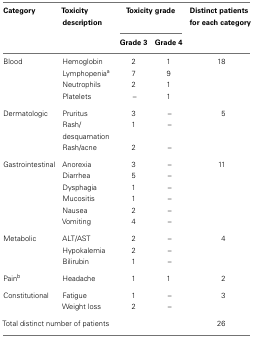
<table><thead><tr><td><b>Category</b></td><td><b>Toxicity description</b></td><td colspan="2"><b>Toxicity grade</b></td><td><b>Distinct patients for each category</b></td></tr><tr><td></td><td></td><td><b>Grade 3</b></td><td><b>Grade 4</b></td><td></td></tr></thead><tbody><tr><td>Blood</td><td>Hemoglobin</td><td>2</td><td>1</td><td>18</td></tr><tr><td></td><td>Lymphopenia<sup>a</sup></td><td>7</td><td>9</td><td></td></tr><tr><td></td><td>Neutrophils</td><td>2</td><td>1</td><td></td></tr><tr><td></td><td>Platelets</td><td>–</td><td>1</td><td></td></tr><tr><td>Dermatologic</td><td>Pruritus</td><td>3</td><td>–</td><td>5</td></tr><tr><td></td><td>Rash/desquamation</td><td>1</td><td>–</td><td></td></tr><tr><td></td><td>Rash/acne</td><td>2</td><td>–</td><td></td></tr><tr><td>Gastrointestinal</td><td>Anorexia</td><td>3</td><td>–</td><td>11</td></tr><tr><td></td><td>Diarrhea</td><td>5</td><td>–</td><td></td></tr><tr><td></td><td>Dysphagia</td><td>1</td><td>–</td><td></td></tr><tr><td></td><td>Mucositis</td><td>1</td><td>–</td><td></td></tr><tr><td></td><td>Nausea</td><td>2</td><td>–</td><td></td></tr><tr><td></td><td>Vomiting</td><td>4</td><td>–</td><td></td></tr><tr><td>Metabolic</td><td>ALT/AST</td><td>2</td><td>–</td><td>4</td></tr><tr><td></td><td>Hypokalemia</td><td>2</td><td>–</td><td></td></tr><tr><td></td><td>Bilirubin</td><td>1</td><td>–</td><td></td></tr><tr><td>Pain<sup>b</sup></td><td>Headache</td><td>1</td><td>1</td><td>2</td></tr><tr><td>Constitutional</td><td>Fatigue</td><td>1</td><td>–</td><td>3</td></tr><tr><td></td><td>Weight loss</td><td>2</td><td>–</td><td></td></tr><tr><td colspan="4">Total distinct number of patients</td><td>26</td></tr></tbody></table>